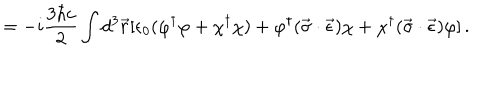
LaTeX: = - i \frac { 3 \hbar c } { 2 } \int d ^ { 3 } \vec { r } [ \epsilon _ { 0 } ( \varphi ^ { \dagger } \varphi + \chi ^ { \dagger } \chi ) + \varphi ^ { \dagger } ( \vec { \sigma } \cdot \vec { \epsilon } ) \chi + \chi ^ { \dagger } ( \vec { \sigma } \cdot \vec { \epsilon } ) \varphi ] \, { . }